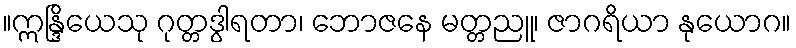
။ဣန္ဒြိယေသု ဂုတ္တဒွါရတာ၊ ဘောဇနေ မတ္တညူ၊ ဇာဂရိယာ နုယောဂ။